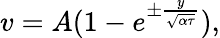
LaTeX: \begin{array}{r}{v=A(1-e^{\pm\frac{y}{\sqrt{\alpha\tau}}}),}\end{array}